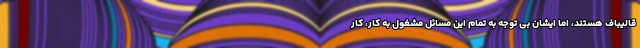
قالیباف هستند، اما ایشان بی توجه به تمام این مسائل مشغول به کار، کار